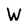
Character: W